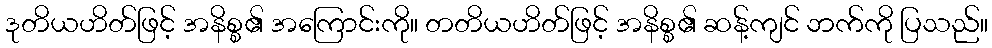
ဒုတိယဟိတ်ဖြင့် အနိစ္စ၏ အကြောင်းကို။ တတိယဟိတ်ဖြင့် အနိစ္စ၏ ဆန့်ကျင် ဘက်ကို ပြသည်။